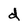
Character: d